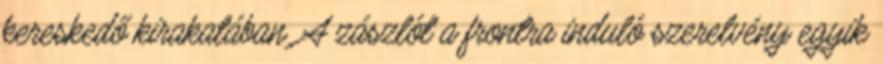
kereskedő kirakatában. A zászlót a frontra induló szerelvény egyik